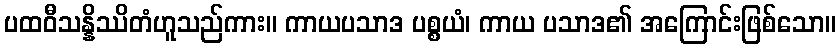
ပထဝီသန္နိဿိတံဟူသည်ကား။ ကာယပသာဒ ပစ္စယံ၊ ကာယ ပသာဒ၏ အကြောင်းဖြစ်သော။